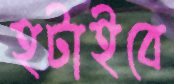
হটাইবে